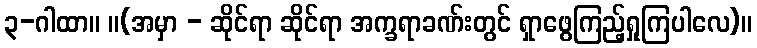
၃-ဂါထာ။ ။(အမှာ - ဆိုင်ရာ ဆိုင်ရာ အက္ခရာခဏ်းတွင် ရှာဖွေကြည့်ရှုကြပါလေ)။